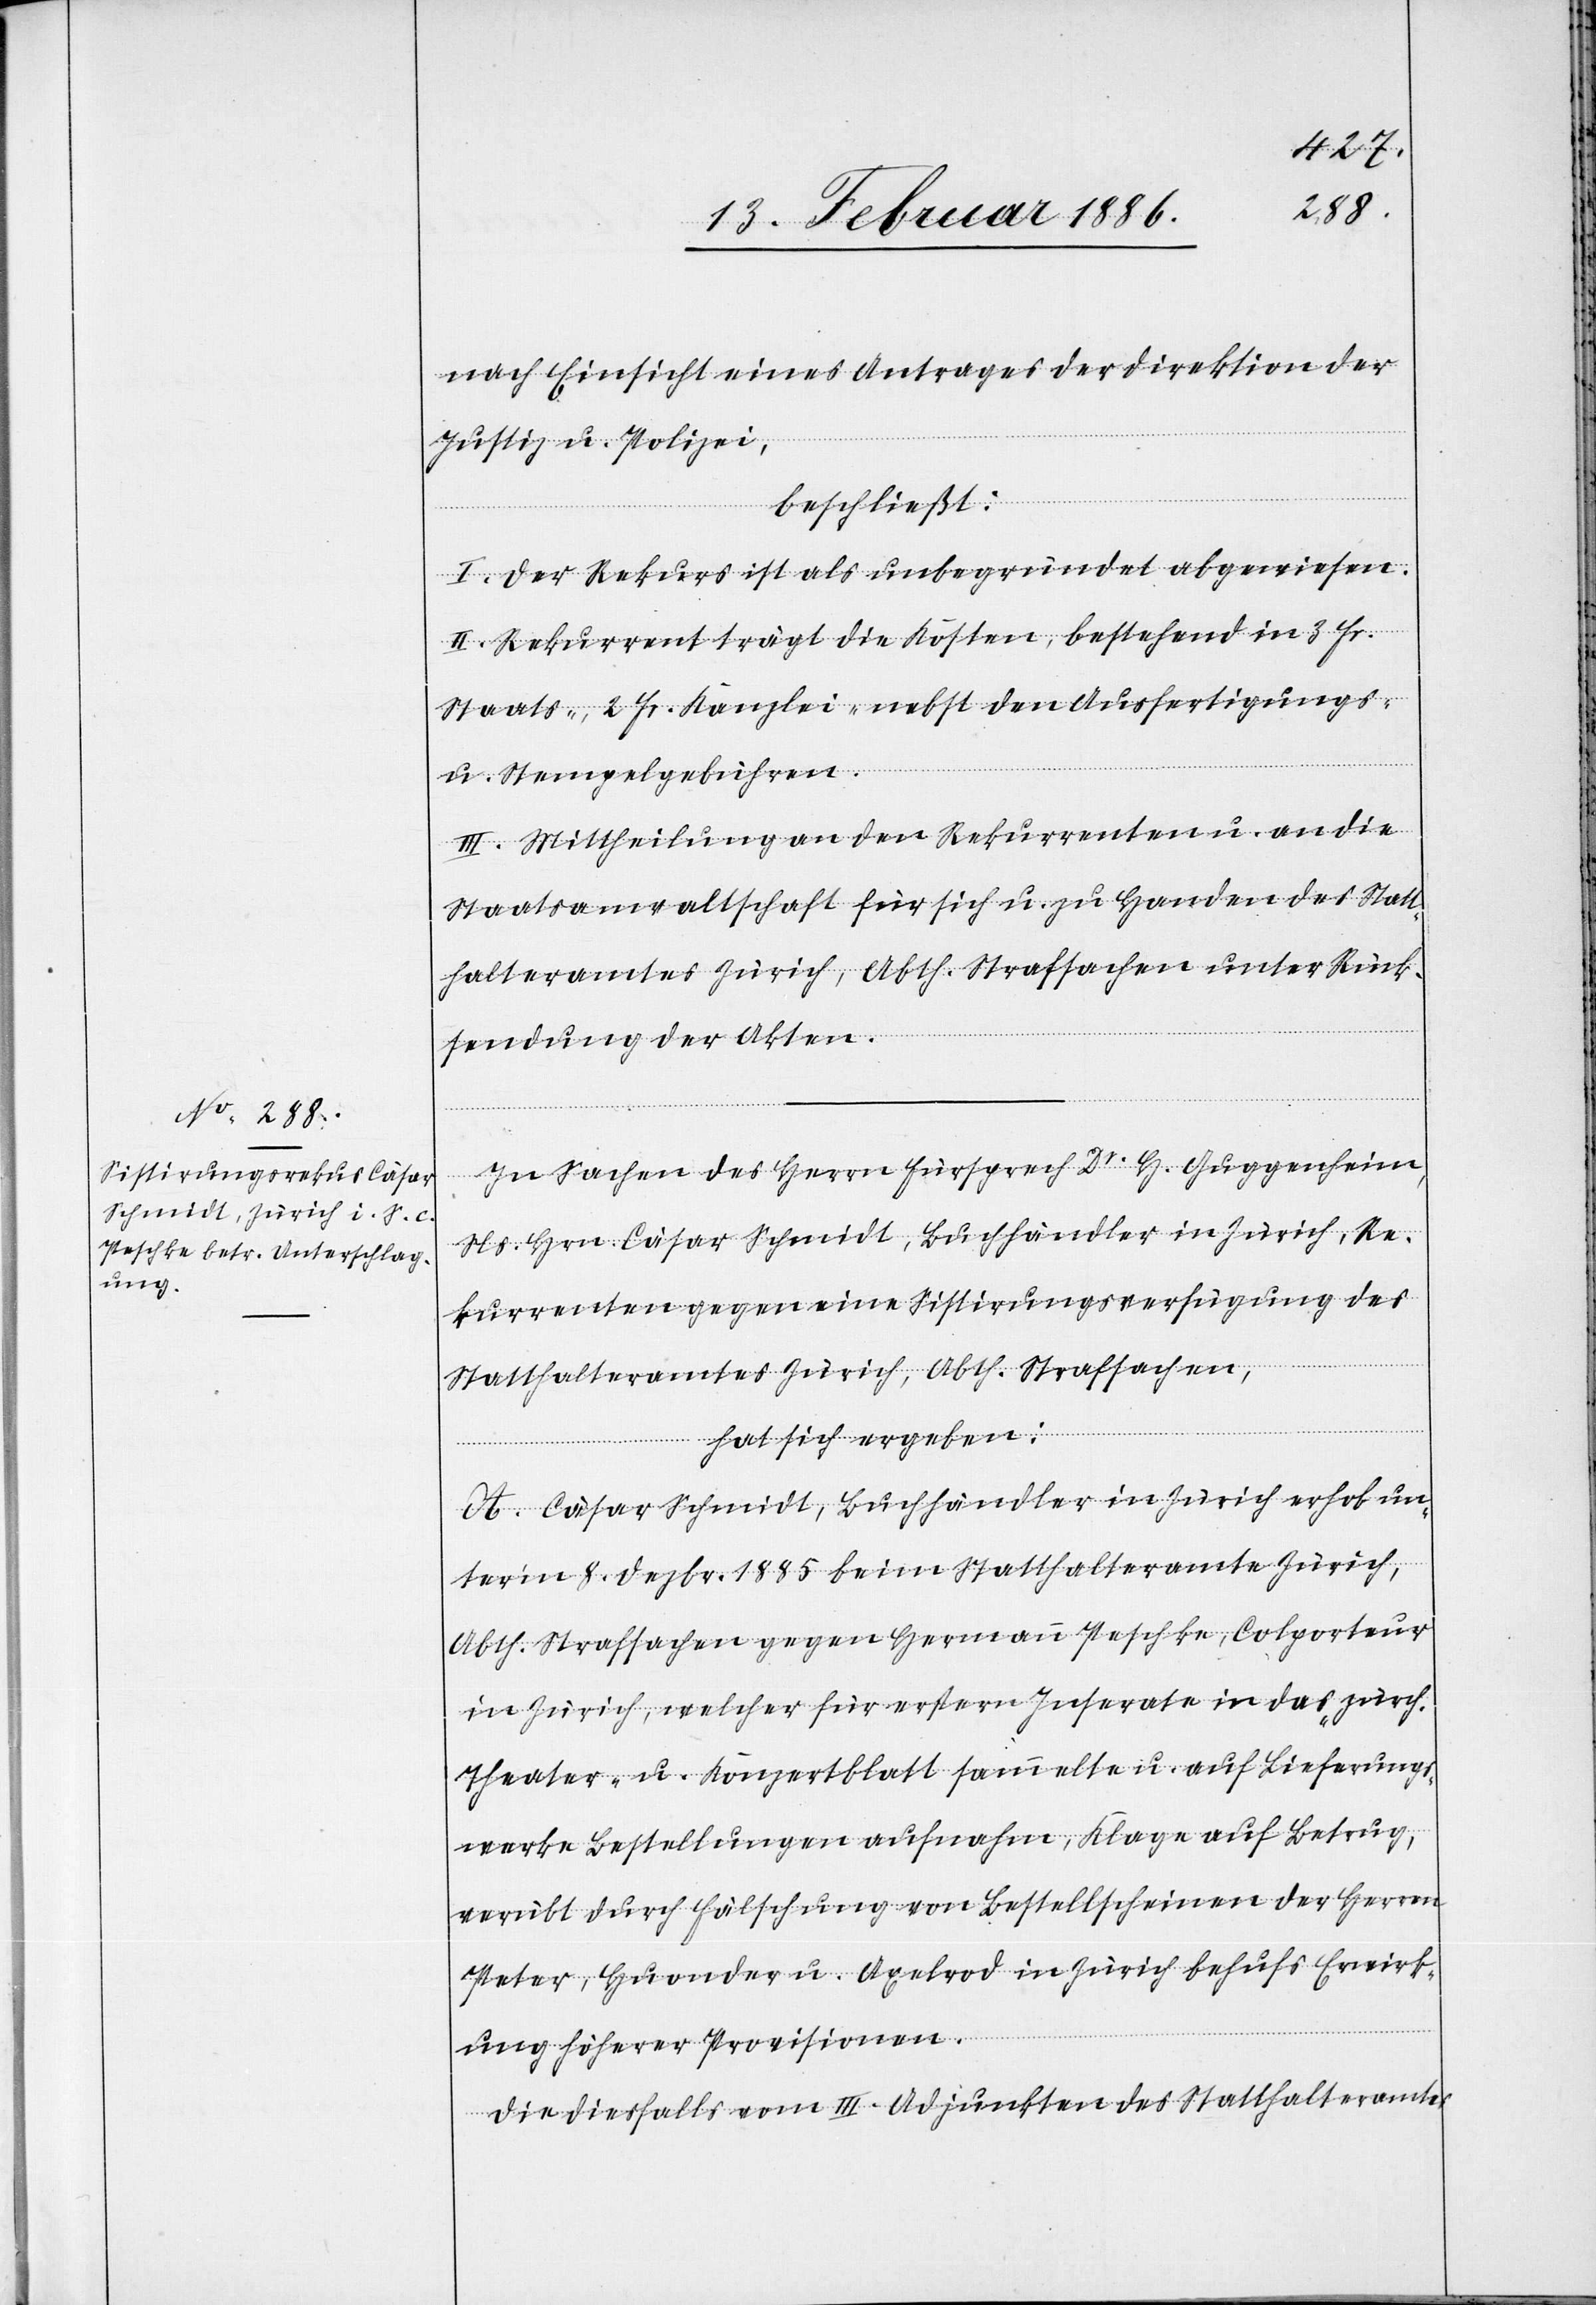
nach Einsicht eines Antrages der Direktion der
Justiz u. Polizei,
beschließt:
I. Der Rekurs ist als unbegründet abgewiesen.
II. Rekurrent trägt die Kosten, bestehend in 3 Fr.
Staats-, 2 Fr. Kanzlei-, nebst den Ausfertigungs-
u. Stempelgebühren.
III. Mittheilung an den Rekurrenten u. an die
Staatsanwaltschaft für sich u. zu Handen des Statt¬
halteramtes Zürich, Abth. Strafsachen unter Rück¬
sendung der Akten.
In Sachen des Herrn Fürsprech Dr. H. Guggenheim,
Ns. Hrn. Cäsar Schmidt, Buchhändler in Zürich, Re¬
kurrenten gegen eine Sistierungsverfügung des
Statthalteramtes Zürich, Abth. Strafsachen,
hat sich ergeben:
A. Cäsar Schmidt, Buchhändler in Zürich erhob un¬
ter’m 8. Dezbr. 1885 beim Statthalteramte Zürich,
Abth. Strafsachen gegen Hermann Peschke, Colporteur
in Zürich, welcher für erstere Inserate in das zürch.
Theater- u. Konzertblatt sammelte u. auf Lieferungs¬
werke Bestellungen aufnahm, Klage auf Betrug,
verübt durch Fälschung von Bestellscheinen der Herren
Peter, Huonder u. Axelrod in Zürich behufs Ei¬
nwirk¬
ung höherer Provisionen.
Die diesfalls vom III. Adjunkten des Statthalteramtes